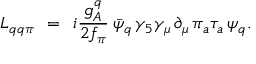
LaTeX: { \cal L } _ { q q \pi } \: \: = \: \: i { \frac { g _ { A } ^ { q } } { 2 f _ { \pi } } } \: \bar { \psi } _ { q } \, \gamma _ { 5 } \gamma _ { \mu } \, \partial _ { \mu } \, \pi _ { a } \tau _ { a } \, \psi _ { q } .